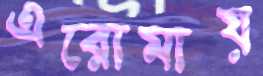
এরোমায়